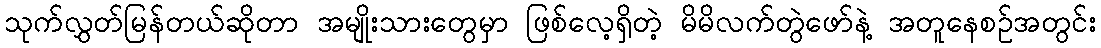
သုက်လွှတ်မြန်တယ်ဆိုတာ အမျိုးသားတွေမှာ ဖြစ်လေ့ရှိတဲ့ မိမိလက်တွဲဖော်နဲ့ အတူနေစဥ်အတွင်း